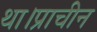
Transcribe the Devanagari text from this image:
था।प्राचीन